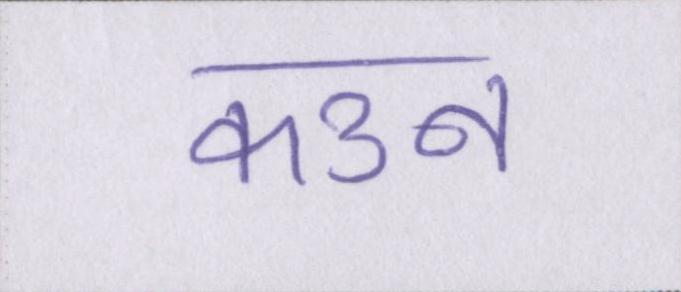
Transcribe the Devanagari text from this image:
कउन